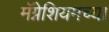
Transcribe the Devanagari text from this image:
मॅग्नेशियमच्या